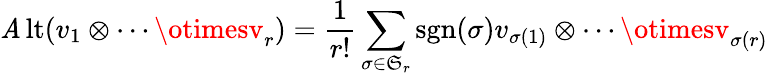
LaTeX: \operatorname{\mathit{A}lt}(v_{1}\otimes\cdots\otimesv_{r})={\frac{{1}}{{r!}}}\sum_{\sigma\in{\mathfrak{{S}}}_{r}}\operatorname{sgn}(\sigma)v_{\sigma(1)}\otimes\cdots\otimesv_{\sigma(r)}